Annual administration report of the Civil Veterinary Department of India - 1899-1900
Year: 1899
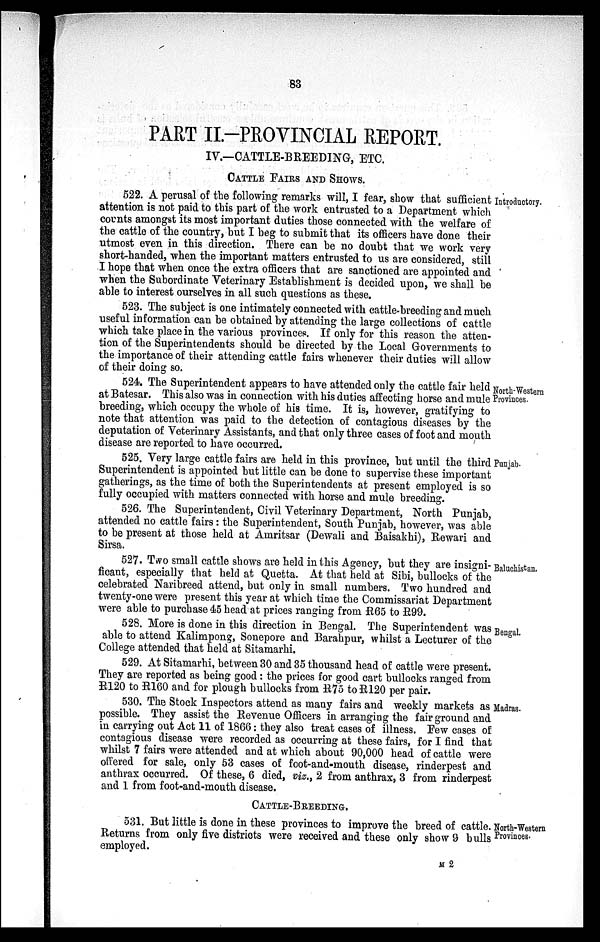
83
PART II.-PROVINCIAL REPORT.
IV.—CATTLE-BREEDING, ETC.
CATTLE FAIRS AND SHOWS
Introductory.
522. A perusal of the following remarks will, I fear, show that sufficient
attention is not paid to this part of the work entrusted to a Department which
counts amongst its most important duties those connected with the welfare of
the cattle of the country, but I beg to submit that its officers have done their
utmost even in this direction. There can be no doubt that we work very
short-handed, when the important matters entrusted to us are considered, still
I hope that when once the extra officers that are sanctioned are appointed and
when the Subordinate Veterinary Establishment is decided upon, we shall be
able to interest ourselves in all such questions as these.
523. The subject is one intimately connected with cattle-breeding and much
useful information can be obtained by attending the large collections of cattle
which take place in the various provinces. If only for this reason the atten-
tion of the Superintendents should be directed by the Local Governments to
the importance of their attending cattle fairs whenever their duties will allow
of their doing so.
North-Western
Provinces.
524. The Superintendent appears to have attended only the cattle fair held
at Batesar. This also was in connection with his duties affecting horse and mule
breeding, which occupy the whole of his time. It is, however, gratifying to
note that attention was paid to the detection of contagious diseases by the
deputation of Veterinary Assistants, and that only three cases of foot and mouth
disease are reported to have occurred.
Punjab.
525. Very large cattle fairs are held in this province, but until the third
Superintendent is appointed but little can be done to supervise these important
gatherings, as the time of both the Superintendents at present employed is so
fully occupied with matters connected with horse and mule breeding.
526. The Superintendent, Civil Veterinary Department, North Punjab,
attended no cattle fairs: the Superintendent, South Punjab, however, was able
to be present at those held at Amritsar (Dewali and Baisakhi), Rewari and
Sirsa.
Baluchistan.
527. Two small cattle shows are held in this Agency, but they are insigni-
ficant, especially that held at Quetta. At that held at Sibi, bullocks of the
celebrated Naribreed attend, but only in small numbers. Two hundred and
twenty-one were present this year at which time the Commissariat Department
were able to purchase 45 head at prices ranging from R65 to R99.
Bengal.
528. More is done in this direction in Bengal. The Superintendent was
able to attend Kalimpong, Sonepore and Barahpur, whilst a Lecturer of the
College attended that held at Sitamarhi.
529. At Sitamarhi, between 30 and 35 thousand head of cattle were present.
They are reported as being good: the prices for good cart bullocks ranged from
R120 to R160 and for plough bullocks from R75 to R120 per pair.
Madras.
530. The Stock Inspectors attend as many fairs and weekly markets as
possible. They assist the Revenue Officers in arranging the fair ground and
in carrying out Act 11 of 1866: they also treat cases of illness. Few cases of
contagious disease were recorded as occurring at these fairs, for I find that
whilst 7 fairs were attended and at which about 90,000 head of cattle were
offered for sale, only 53 cases of foot-and-mouth disease, rinderpest and
anthrax occurred. Of these, 6 died, viz., 2 from anthrax, 3 from rinderpest
and 1 from foot-and-mouth disease.
Worth-Western
Provinces.
CATTLE-BREEDING,
531. But little is done in these provinces to improve the breed of cattle.
Returns from only five districts were received and these only show 9 bulls
employed.
M 2